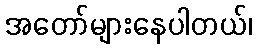
အတော်များနေပါတယ်၊